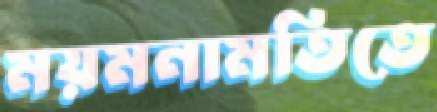
ময়মনামতিতে